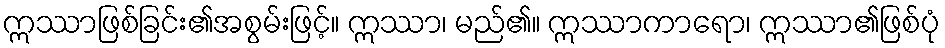
ဣဿာဖြစ်ခြင်း၏အစွမ်းဖြင့်။ ဣဿာ၊ မည်၏။ ဣဿာကာရော၊ ဣဿာ၏ဖြစ်ပုံ